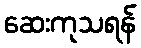
ဆေးကုသရန်